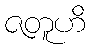
ဇတူဟိ